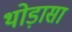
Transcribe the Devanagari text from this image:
थोड़ासा